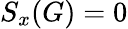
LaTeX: S_{x}(G)=0